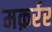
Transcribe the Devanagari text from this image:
मक़र्रर